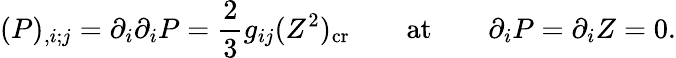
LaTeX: (P)_{,i;j}=\partial_{i}\partial_{i}P={\frac{2}{3}}g_{ij}(Z^{2})_{\mathrm{cr}}\qquad\mathrm{at}\qquad\partial_{i}P=\partial_{i}Z=0.